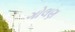
ગોલણ